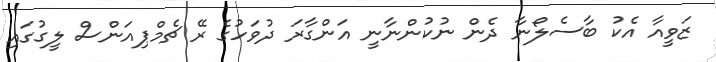
ޒަވީއާ އެކު ބާސެލޯނާ ދެން ނުކުންނާނީ އަންގާރަ ދުވަހުގެ ރޭ ޗެމްޕިއަންސް ލީގުގައި